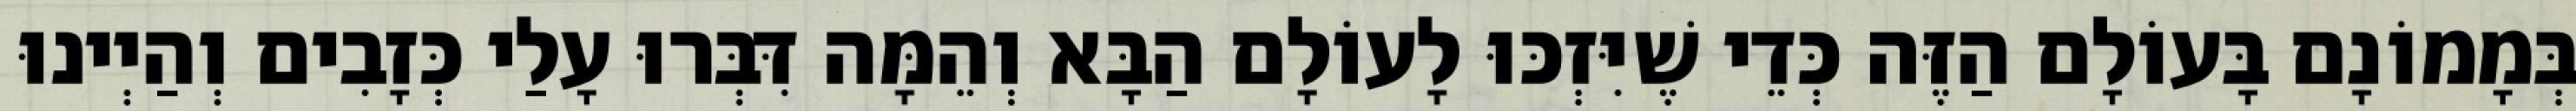
בְּמָמוֹנָם בָּעוֹלָם הַזֶּה כְּדֵי שֶׁיִּזְכּוּ לָעוֹלָם הַבָּא וְהֵמָּה דִּבְּרוּ עָלַי כְּזָבִים וְהַיְינוּ